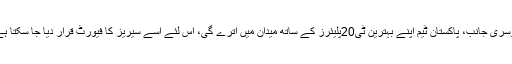
دوسری جانب، پاکستان ٹیم اپنے بہترین ٹی20پلیئرز کے ساتھ میدان میں اترے گی، اس لئے اسے سیریز کا فیورٹ قرار دیا جا سکتا ہے۔